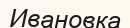
Ивановка